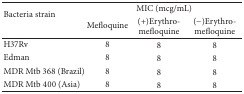
| <ROWSPAN=2> Bacteria strain | <COLSPAN=3> MIC (mcg/mL) |
 | Mefloquine | (+)Erythro-mefloquine | (−)Erythro-mefloquine |
 | --- | --- | --- | --- |
 | H37Rv | 8 | 8 | 8 |
 | Edman | 8 | 8 | 8 |
 | MDR Mtb 368 (Brazil) | 8 | 8 | 8 |
 | MDR Mtb 400 (Asia) | 8 | 8 | 8 |